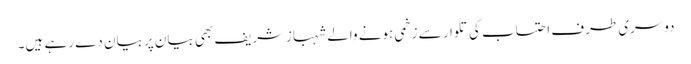
دوسری طرف احتساب کی تلوار سے زخمی ہونے والے شہبازشریف بھی بیان پر بیان دے رہے ہیں۔